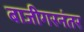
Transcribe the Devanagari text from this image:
बाजीगरनंतर